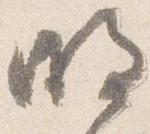
明